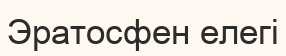
Эратосфен елегі